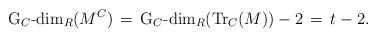
LaTeX: \begin{align*}\textrm{G}_C\textrm{-dim}_R(M^C) \, = \, \textrm{G}_C\textrm{-dim}_R(\textrm{Tr}_C (M)) - 2 \, = \, t-2.\end{align*}